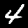
Label: 4